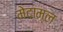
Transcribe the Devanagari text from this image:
मेदाम्ल